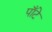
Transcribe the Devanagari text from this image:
पाँटे